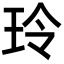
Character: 玲